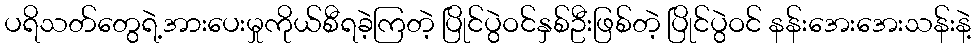
ပရိသတ်တွေရဲ့အားပေးမှုကိုယ်စီရခဲ့ကြတဲ့ ပြိုင်ပွဲဝင်နှစ်ဦးဖြစ်တဲ့ ပြိုင်ပွဲဝင် နန်းအေးအေးသန်းနဲ့